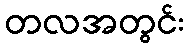
တလအတွင်း